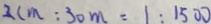
2 c m : 3 0 m = 1 : 1 5 0 0